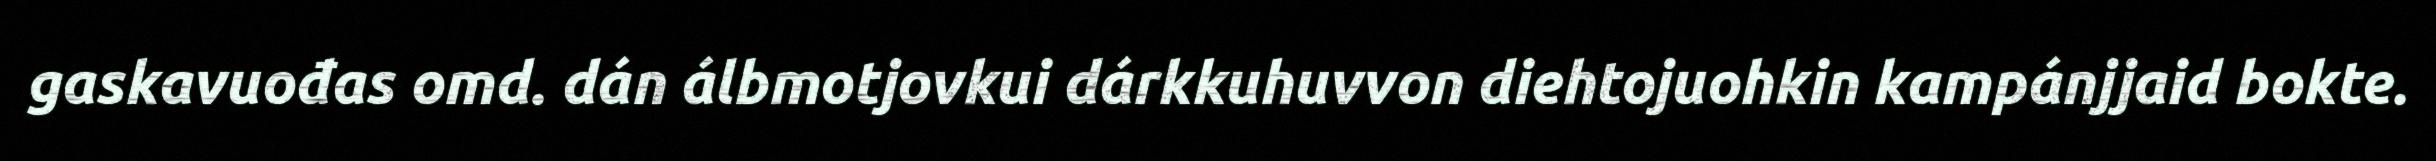
gaskavuođas omd. dán álbmotjovkui dárkkuhuvvon diehtojuohkin kampánjjaid bokte.